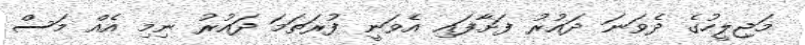
މަޖިލީހުގެ ދެވަނަ ދައުރު ފަށާފައި އެވަނީ ފުރަތަމަ ދައުރު ނިމި އެއް މަސް